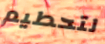
لتحطيم